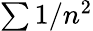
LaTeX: \textstyle\sum 1/{n^{2}}